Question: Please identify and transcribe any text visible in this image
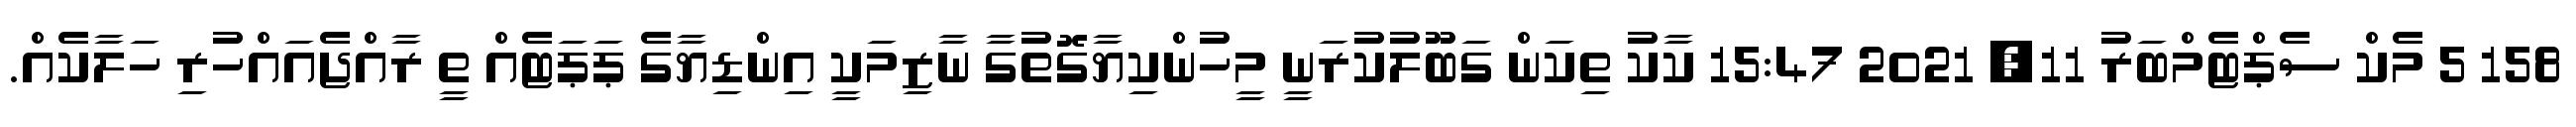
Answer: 158 5 މެކް ސެޕްޓެމްބަރު 11, 2021 15:47 ކާކު ތިކަން ގަބޫލުކުރަނީ މީހުންކިޔާގޮތުގާ ނާޒިމަކީ އިންޑިޔާގެ ޕަޕަޓެއް ތީ ރާއްޖެއައްހުރި ހަލާކެއް.